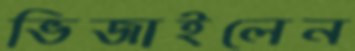
ভিজাইলেন